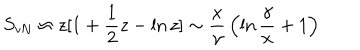
LaTeX: S _ { \mathrm { v N } } \approx z [ 1 + { \frac { 1 } { 2 } } z - \ln { z } ] \sim { \frac { x } { \gamma } } \left( \ln { \frac { \gamma } { x } } + 1 \right)